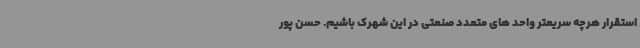
استقرار هرچه سریعتر واحد های متعدد صنعتی در این شهرک باشیم. حسن پور